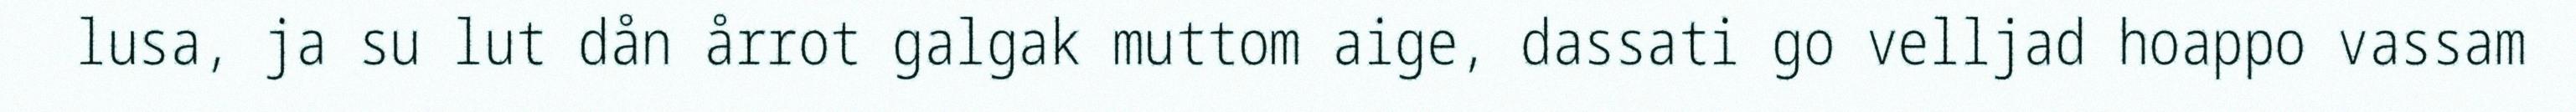
lusa, ja su lut dån årrot galgak muttom aige, dassati go velljad hoappo vassam